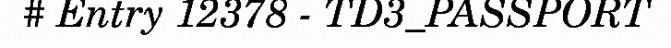
# Entry 12378 - TD3_PASSPORT